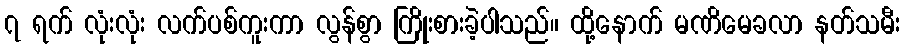
၇ ရက် လုံးလုံး လက်ပစ်ကူးကာ လွန်စွာ ကြိုးစားခဲ့ပါသည်။ ထို့နောက် မဏိမေခလာ နတ်သမီး